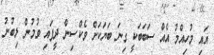
އައި މުހިއްމު އެއް ސަބަބަކީ ގިނަ ބަޔަކަށް ވެކްސިން ދީފައި ވުމުން ލިބުނު